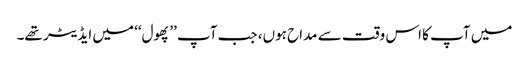
میں آپ کا اس وقت سے مداح ہوں، جب آپ ’’پھول‘‘ میں ایڈیٹر تھے۔